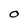
Character: 0